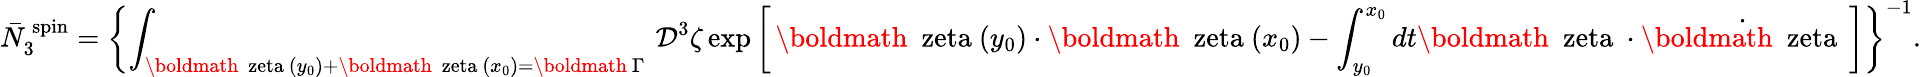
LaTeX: \bar{N}_{3}^{\, \mathrm{spin}}=\left\{ \int_{{\mathrm{\boldmath~\ zeta~}}(y_{0})+{\mathrm{\boldmath~\ zeta~}}(x_{0})={\mathrm{\boldmath~\Gamma~}}}{\cal D}^{3}\zeta\exp\left[\, {\mathrm{\boldmath~\ zeta~}}(y_{0})\cdot{\mathrm{\boldmath~\ zeta~}}(x_{0})-\int_{y_{0}}^{x_{0}}dt{\mathrm{\boldmath~\ zeta~}}\cdot\dot{\mathrm{\boldmath~\ zeta~}}\, \right]\right\} ^{-1}.